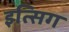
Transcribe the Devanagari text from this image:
इत्सिग